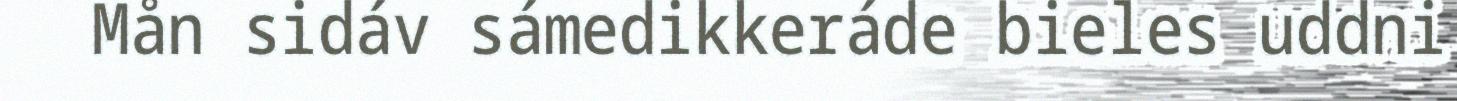
Mån sidáv sámedikkeráde bieles uddni